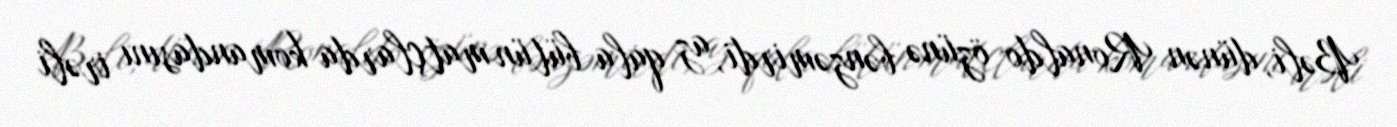
Bəli, dünən Ronaldo özünə bənzəmirdi, az qala bütün matçlarda komandasını irəli